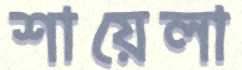
শায়েলা